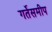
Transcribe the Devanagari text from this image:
गर्तेसमीप